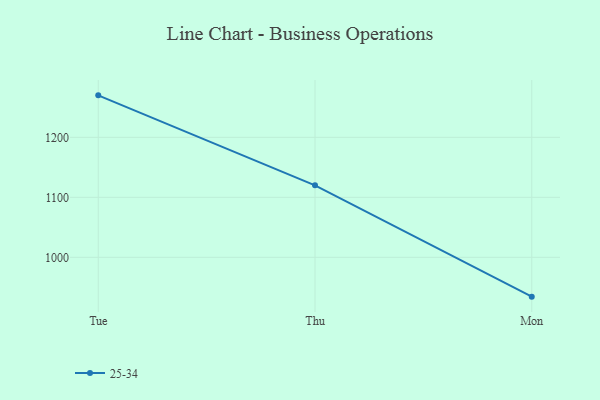
{"axis": {"x": "Day", "y": "LTV (USD)"}, "legend": ["25-34"], "data": [{"x": "Tue", "y": 1270.0, "type": "25-34"}, {"x": "Thu", "y": 1120.0, "type": "25-34"}, {"x": "Mon", "y": 934.4, "type": "25-34"}]}